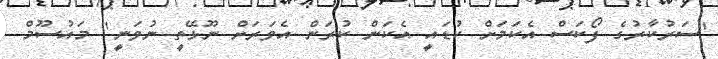
"ސަރުކާރުގެ ފޯކަސް އެކަމަށް ކުޑައީ އެކަން ކުރަން އެވަރަށް ނޫޅޭތީ ނުވަނީ" މައުސޫމް